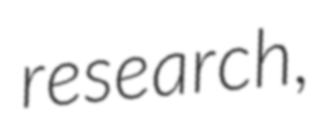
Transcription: research,